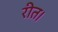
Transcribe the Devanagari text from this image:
रीत।